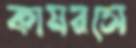
কামরসে